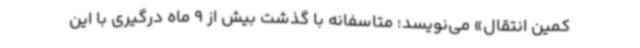
کمین انتقال» می‌نویسد؛ متاسفانه با گذشت بیش از 9 ماه درگیری با این